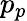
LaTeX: p_{p}